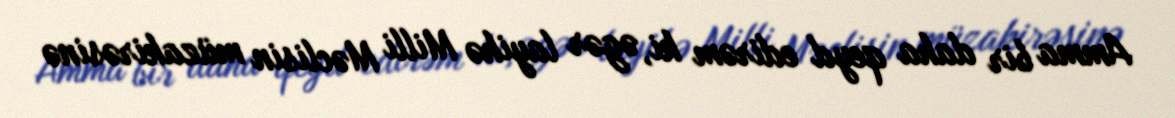
Amma bir daha qeyd edirəm ki, əgər layihə Milli Məclisin müzakirəsinə